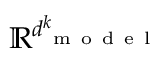
\mathbb { R } ^ { d _ { \mathrm { ~ m ~ o ~ d ~ e ~ l ~ } } ^ { k } }